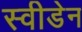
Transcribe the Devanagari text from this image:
स्‍वीडेन